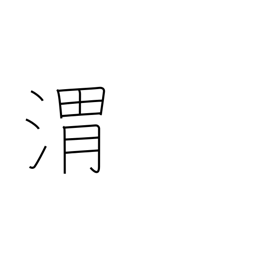
Meaning: name of Chinese river